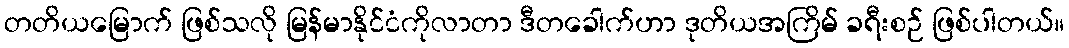
တတိယမြောက် ဖြစ်သလို မြန်မာနိုင်ငံကိုလာတာ ဒီတခေါက်ဟာ ဒုတိယအကြိမ် ခရီးစဉ် ဖြစ်ပါတယ်။